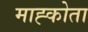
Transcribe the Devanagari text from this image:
माह्कोता